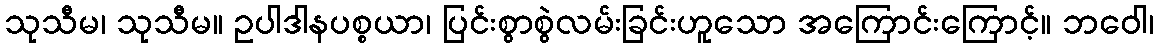
သုသီမ၊ သုသီမ။ ဥပါဒါနပစ္စယာ၊ ပြင်းစွာစွဲလမ်းခြင်းဟူသော အကြောင်းကြောင့်။ ဘဝေါ၊